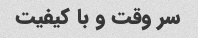
سر وقت و با کیفیت